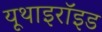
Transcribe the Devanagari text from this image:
यूथाइरॉइड